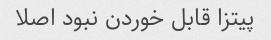
پیتزا قابل خوردن نبود اصلا